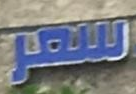
سعر